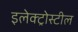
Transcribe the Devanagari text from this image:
इलेक्ट्रोस्टील